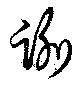
踰